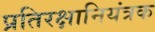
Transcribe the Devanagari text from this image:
प्रतिरक्षानियंत्रक